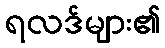
ရလဒ်များ၏